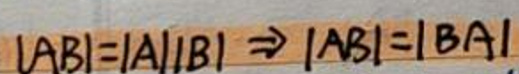
\[|AB| = |A||B| \Rightarrow |AB| = |BA|\]